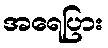
အရေပြား